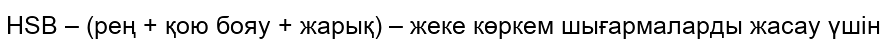
HSB – (рең + қою бояу + жарық) – жеке көркем шығармаларды жасау үшін